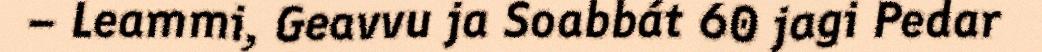
– Leammi, Geavvu ja Soabbát 60 jagi Pedar